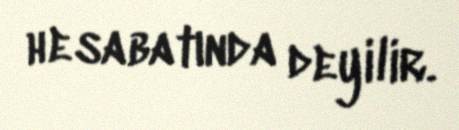
hesabatında deyilir.